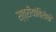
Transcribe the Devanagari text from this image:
स्त्रीयांविरोधी